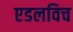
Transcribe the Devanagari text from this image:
एडलविच